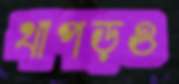
থাপড়ও